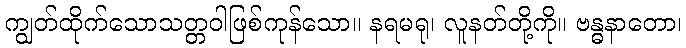
ကျွတ်ထိုက်သောသတ္တဝါဖြစ်ကုန်သော။ နရမရု၊ လူနတ်တို့ကို။ ဗန္ဓနာတော၊